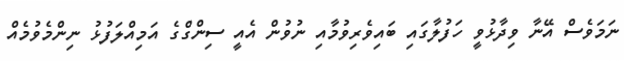
ނަމަވެސް އޭނާ ވިދާޅުވީ ހަފުލާގައި ބައިވެރިވުމާއި ނުވުން އެއީ ސިންގްގެ އަމިއްލަފުޅު ނިންމެވުމެއް